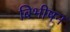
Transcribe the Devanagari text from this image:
बिभीषन